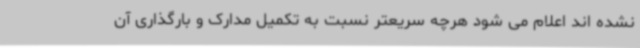
نشده اند اعلام می شود هرچه سریعتر نسبت به تکمیل مدارک و بارگذاری آن